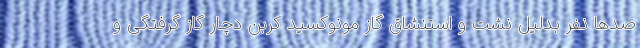
صدها نفر بدلیل نشت و استنشاق گاز مونوکسید کربن دچار گاز گرفتگی و